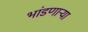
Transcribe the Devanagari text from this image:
भांडणाऱ्या